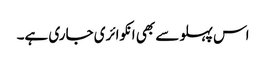
اس پہلو سے بھی انکوائری جاری ہے۔